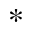
^ { \ast }